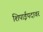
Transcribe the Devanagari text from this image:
शिपाईपदावर